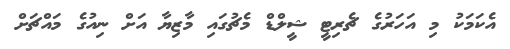
އެކަމަކު މި އަހަރުގެ ޗެރިޓީ ޝީލްޑް މެޗުގައި މާޒިޔާ އަށް ނިއުގެ މައްޗަށް